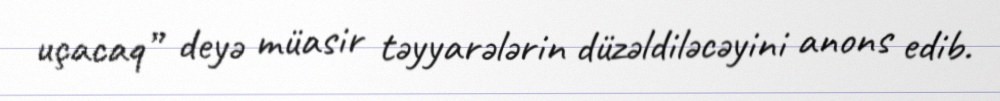
uçacaq” deyə müasir təyyarələrin düzəldiləcəyini anons edib.